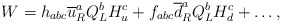
\begin{align*}W=h_{abc}\overline{u}^{a}_{R}Q^{b}_{L}H^{c}_{u}+f_{abc}\overline{d}^{a}_{R}Q^{b}_{L}H^{c}_{d}+\ldots,\end{align*}